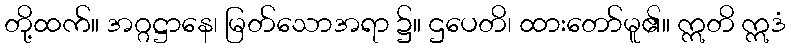
တို့ထက်။ အဂ္ဂဋ္ဌာနေ၊ မြတ်သောအရာ ၌။ ဌပေတိ၊ ထားတော်မူ၏။ ဣတိ ဣဒံ